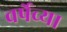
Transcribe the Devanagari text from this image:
वर्षेच्या